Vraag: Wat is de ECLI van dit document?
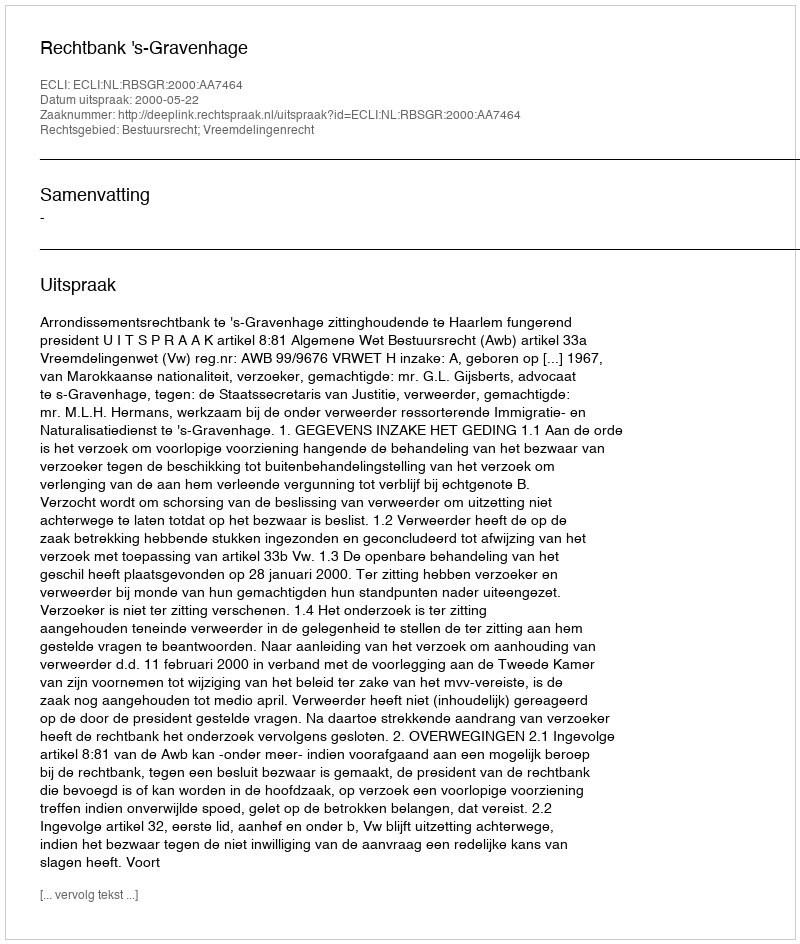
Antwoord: ECLI:NL:RBSGR:2000:AA7464